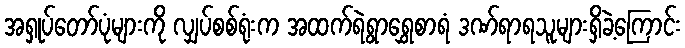
အရှုပ်တော်ပုံများကို လျှပ်စစ်ရုံးက အထက်ရဲရွာရွှေစာရံ ဒဏ်ရာရသူများရှိခဲ့ကြောင်း